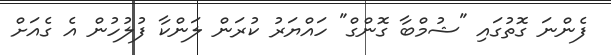
ފެންނަ ގޮތުގައި "ޝުމްބާ ގޮންގް" ހައްޔަރު ކުރަން ލަންކާ ފުލުހުން އެ ގެއަށް